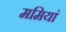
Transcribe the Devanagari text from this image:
ममियां